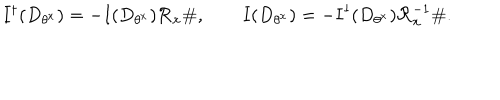
LaTeX: \mathbf { I } ^ { \dagger } ( D _ { \theta ^ { x } } ) = - \mathbf { I } ( D _ { \theta ^ { x } } ) \mathcal { R } _ { x } \# , \qquad \mathbf { I } ( D _ { \theta ^ { x } } ) = - \mathbf { I } ^ { \dagger } ( D _ { \theta ^ { x } } ) \mathcal { R } _ { x } ^ { - 1 } \# .